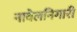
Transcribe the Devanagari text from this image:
नावेलनिगारी